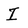
Character: I